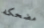
مضحكه